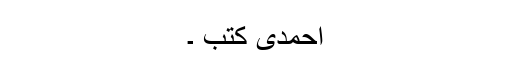
احمدی کتب ۔